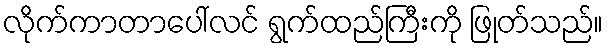
လိုက်ကာတာပေါ်လင် ရွက်ထည်ကြီးကို ဖြုတ်သည်။